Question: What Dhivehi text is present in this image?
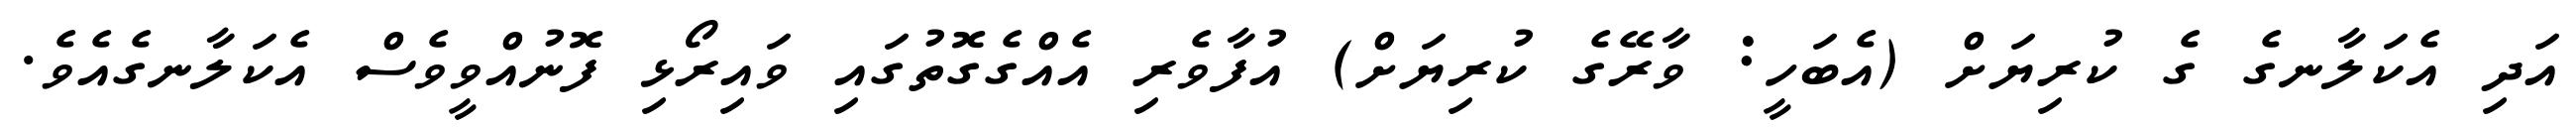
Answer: އަދި އެކަލާނގެ ގެ ކުރިޔަށް (އެބަހީ: ވާރޭގެ ކުރިޔަށް) އުފާވެރި އެއްގެގޮތުގައި ވައިރޯޅި ފޮނުއްވީވެސް އެކަލާނގެއެވެ.